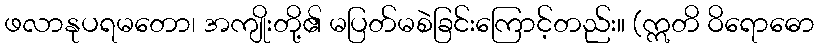
ဖလာနုပရမတော၊ အကျိုးတို့၏ မပြတ်မစဲခြင်းကြောင့်တည်း။ (ဣတိ ဝိရောဓော